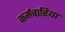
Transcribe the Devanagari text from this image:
कर्मचारिया